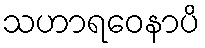
သဟာရဝေနာပိ